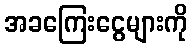
အခကြေးငွေများကို